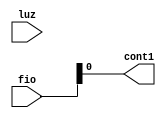
module Itens(
	input [5:0]fio,
	input luz,
	output cont1
);

   assign cont1 = fio;

endmodule
module test;

reg [5:0]fio;
reg luz;
wire cont1;

Itens I(fio, luz, cont1);
always #1
begin
	fio = fio + 1;
	if (fio == 6'b111111)begin
		case(luz) 
			1: luz = 0;
			0: luz = 1;
		endcase
		fio <= 6'b0;
		end

	
end
	initial begin
	$dumpvars (0,I);
	#0;
	fio <= 6'b0;
	luz <= 1'b0;
	#2000
	$finish;
	end
endmodule